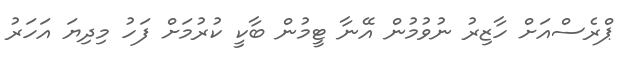
ޕްރެސްއަށް ހާޒިރު ނުވުމުން އޭނާ ޓީމުން ބާކީ ކުރުމަށް ފަހު މިދިޔަ އަހަރު